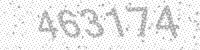
Solution: 463174